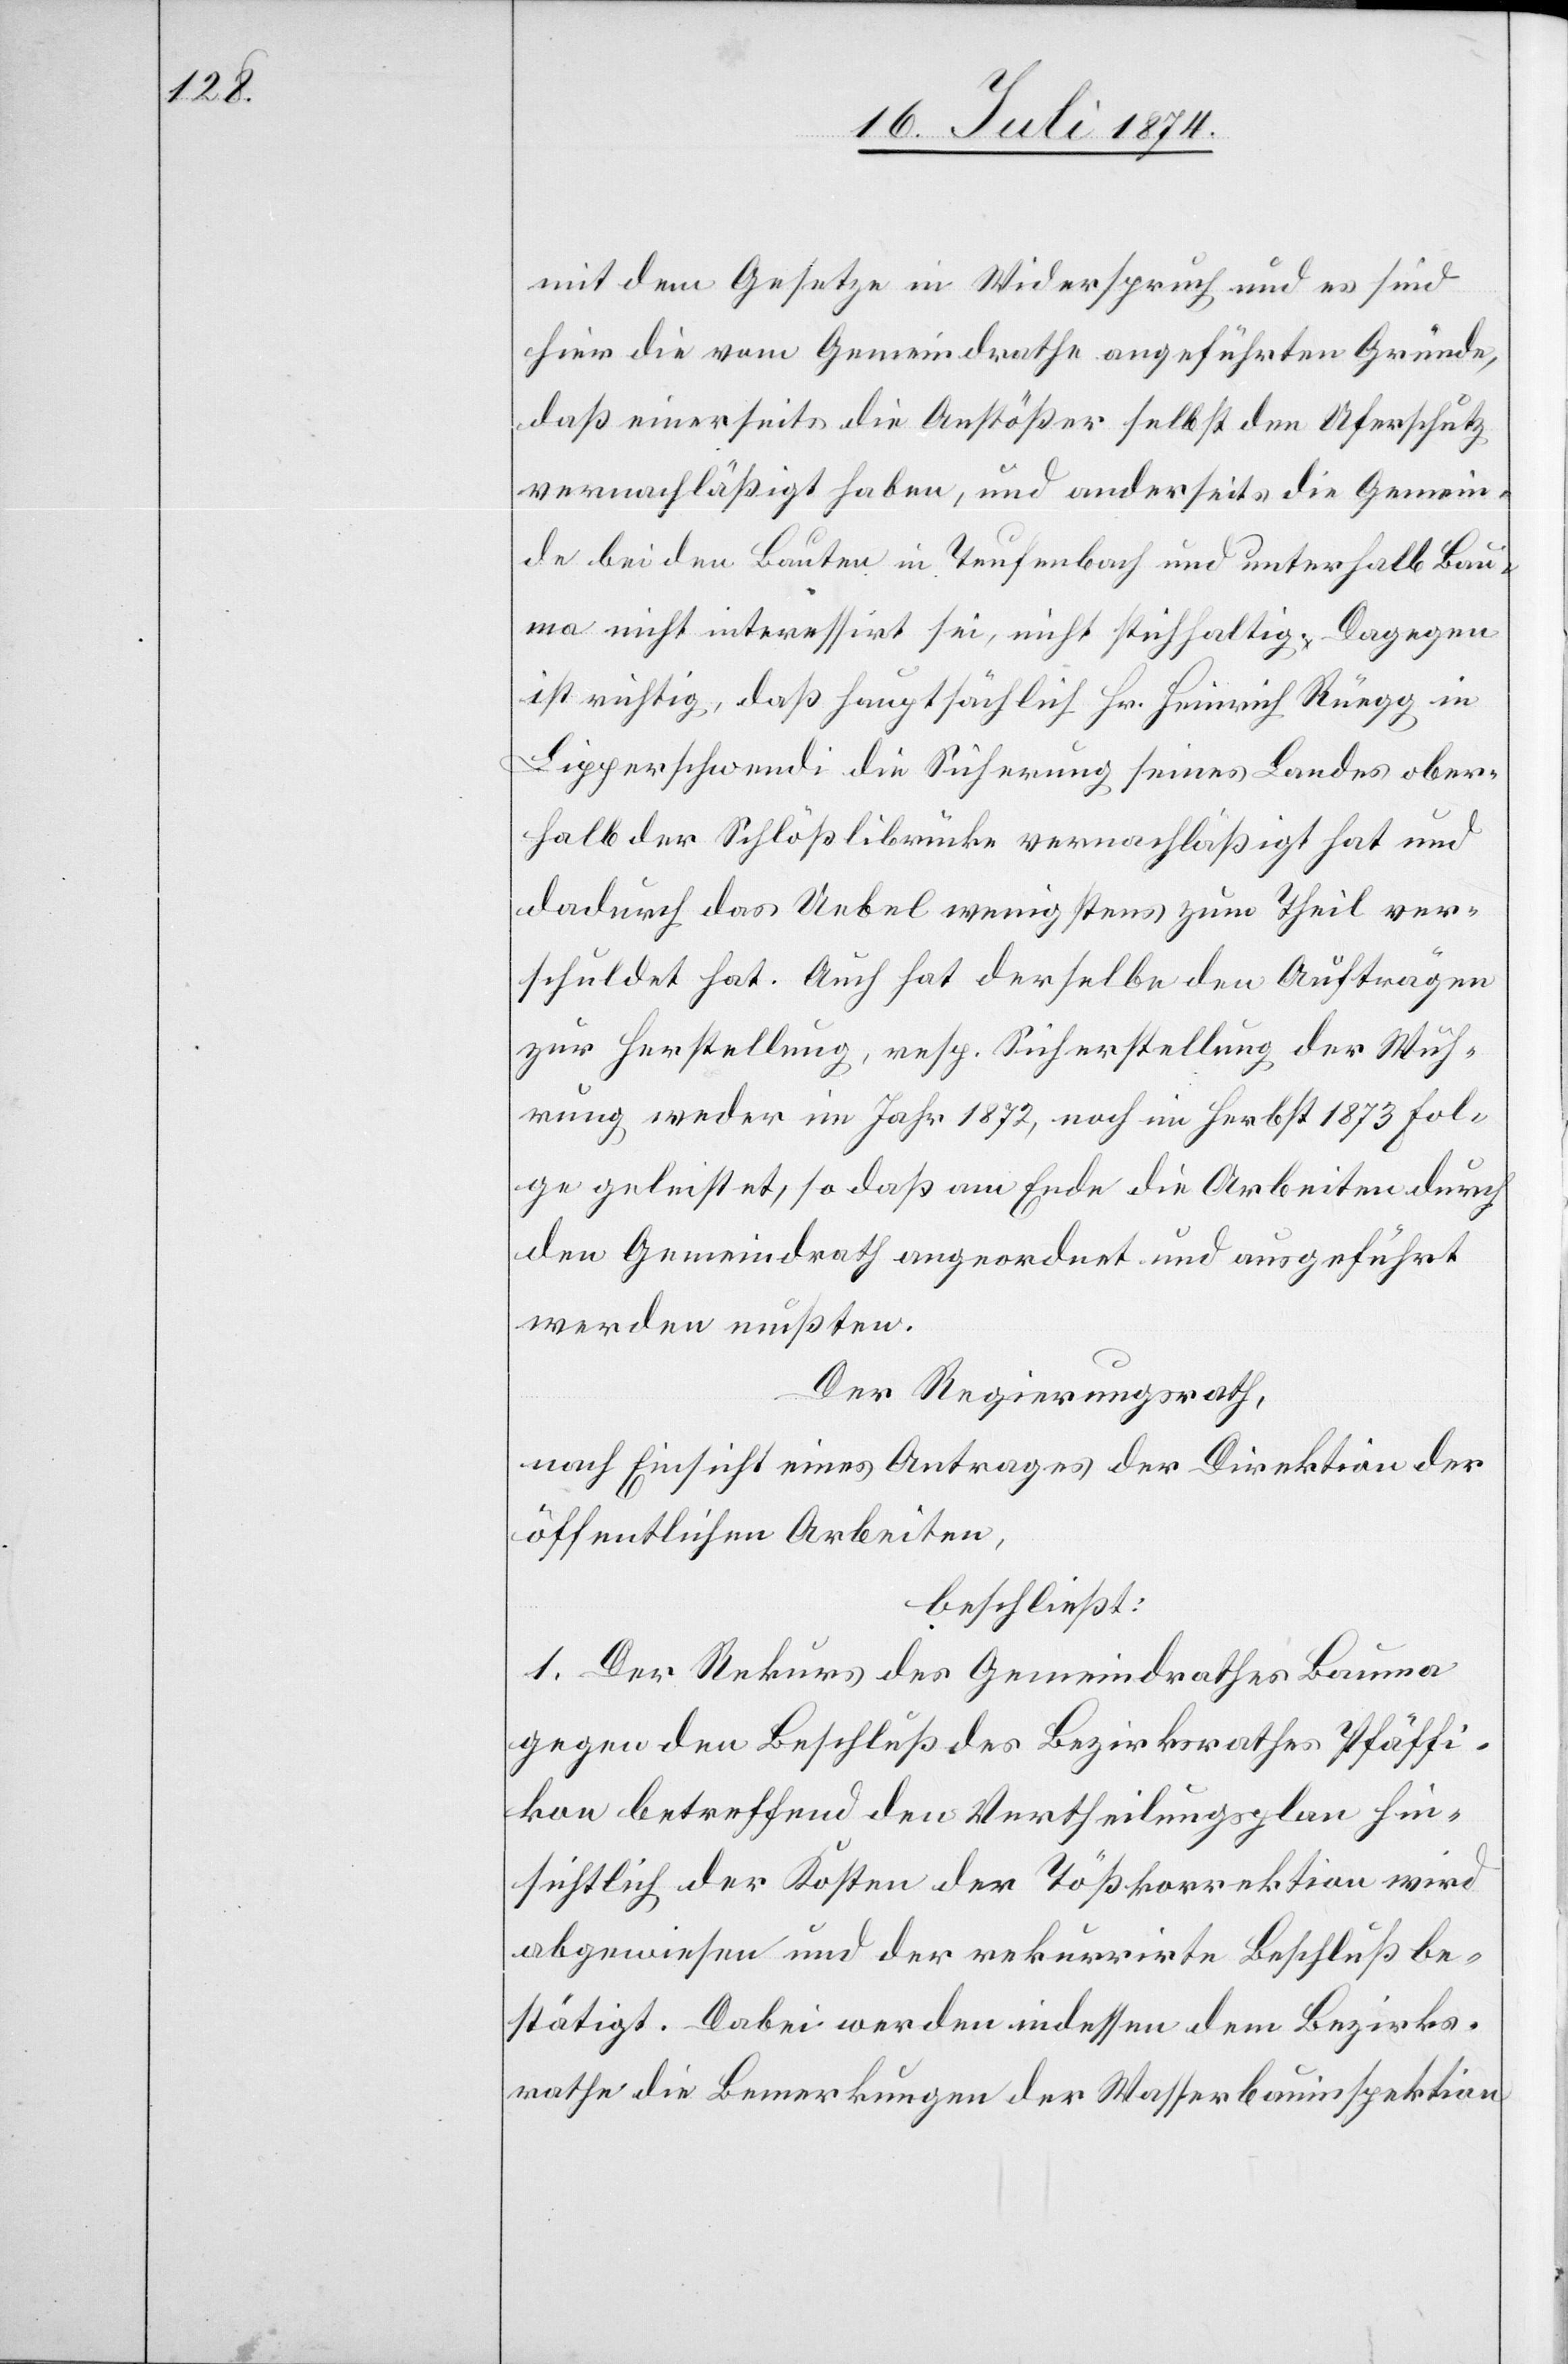
mit dem Gesetze in Widerspruch und es sind
hier die vom Gemeindrathe angeführten Gründe,
daß einerseits die Anstößer selbst den Uferschutz
vernachläßigt haben, und anderseits die Gemein¬
de bei den Bauten in Teufenbach und unterhalb Bau¬
ma nicht interessirt sei, nicht stichhaltig. Dagegen
ist richtig, daß hauptsächlich Hr. Heinrich Rüegg in
Lipperschwendi die Sicherung seines Landes ober¬
halb der Schlößlibrücke vernachläßigt hat und
dadurch das Uebel wenigstens zum Theil ver¬
schuldet hat. Auch hat derselbe den Aufträgen
zu Herstellung, resp. Sicherstellung der Wuh¬
rung, weder im Jahr 1872, noch im Herbst 1873 Fol¬
ge geleistet, so daß am Ende die Arbeiten durch
den Gemeindrath angeordnet und ausgeführt
werden mußten.
Der Regierungsrath,
nach Einsicht eines Antrages der Direktion der
öffentlichen Arbeiten,
beschließt:
1. Der Rekurs des Gemeindrathes Bauma
gegen den Beschluß des Bezirksrathes Pfäffi¬
kon betreffend den Vertheilungsplan hin¬
sichtlich der Kosten der Tößkorrektion wird
abgewiesen und der rekurrirte Beschluß be¬
stätigt. Dabei werden indessen dem Bezirks¬
rathe die Bemerkungen der Wasserbauinspektion